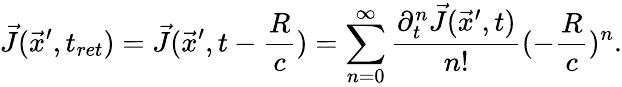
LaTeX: \vec{J}(\vec{x}^{\prime},t_{ret})=\vec{J}(\vec{x}^{\prime},t-\frac{R}{c})=\sum_{n=0}^{\infty}\frac{\partial_{t}^{n}\vec{J}(\vec{x}^{\prime},t)}{n!}(-\frac{R}{c})^{n}.